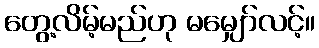
တွေ့လိမ့်မည်ဟု မမျှော်လင့်။